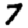
Digit: 7